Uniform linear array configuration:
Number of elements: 64
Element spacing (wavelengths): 0.25
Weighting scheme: binomial
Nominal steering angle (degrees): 30
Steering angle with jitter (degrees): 31.085
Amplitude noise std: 0.05
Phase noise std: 0.05

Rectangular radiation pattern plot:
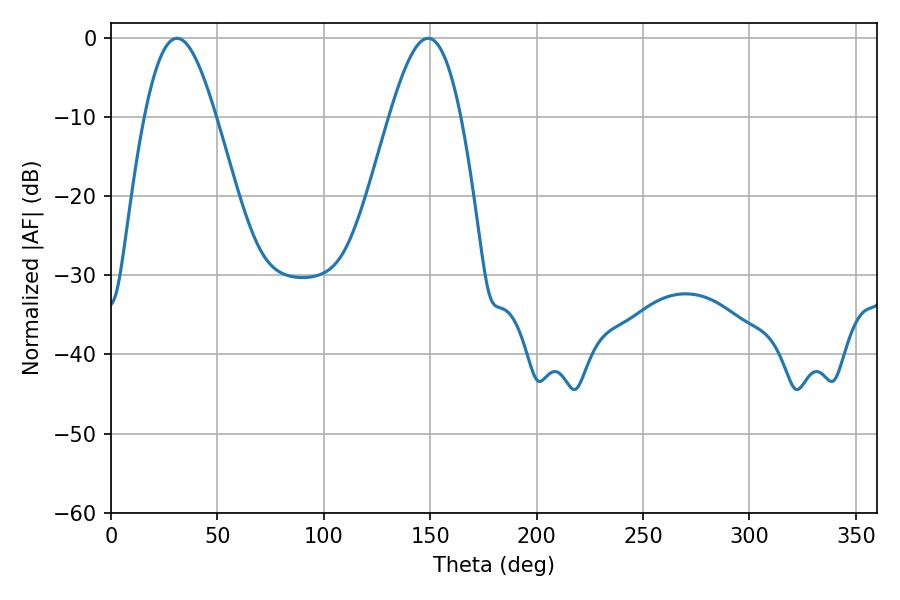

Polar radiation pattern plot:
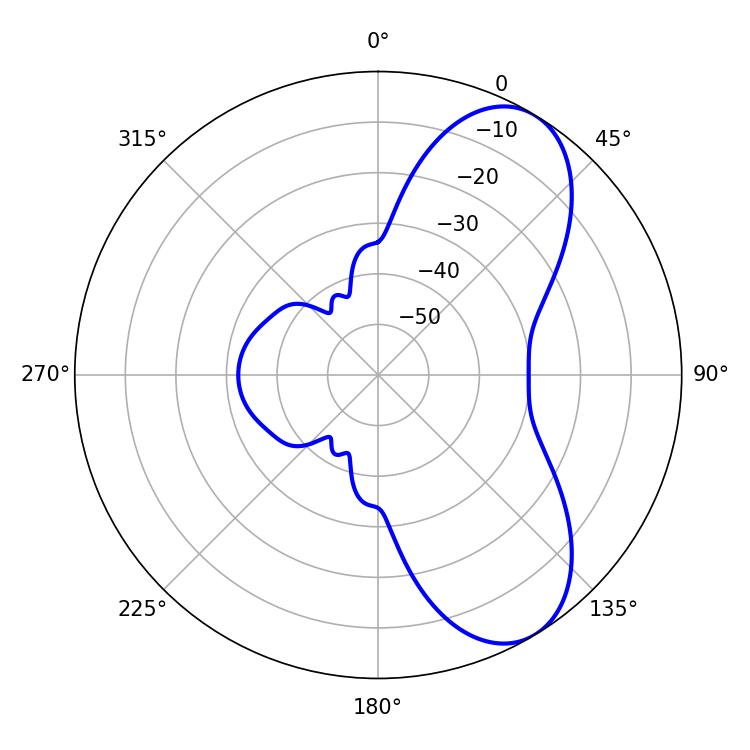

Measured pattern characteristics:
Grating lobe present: FALSE
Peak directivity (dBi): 7.429
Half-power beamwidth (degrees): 18
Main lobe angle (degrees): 30.96